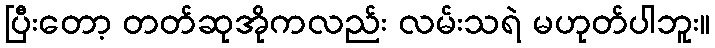
ပြီးတော့ တတ်ဆုအိုကလည်း လမ်းသရဲ မဟုတ်ပါဘူး။